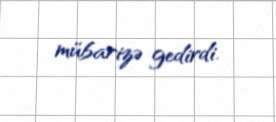
mübarizə gedirdi.